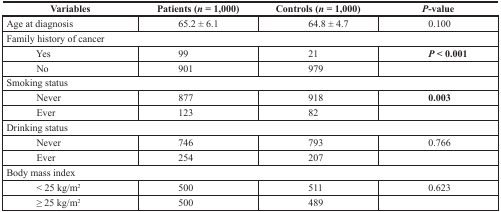
| Variables | Patients (n = 1,000) | Controls (n = 1,000) | P-value |
 | --- | --- | --- | --- |
 | Age at diagnosis | 65.2 ± 6.1 | 64.8 ± 4.7 | 0.100 |
 | <COLSPAN=4> Family history of cancer |
 | Yes | 99 | 21 | P < 0.001 |
 | No | 901 | 979 |  |
 | <COLSPAN=4> Smoking status |
 | Never | 877 | 918 | 0.003 |
 | Ever | 123 | 82 |  |
 | <COLSPAN=4> Drinking status |
 | Never | 746 | 793 | 0.766 |
 | Ever | 254 | 207 |  |
 | <COLSPAN=4> Body mass index |
 | < 25 kg/m2 | 500 | 511 | 0.623 |
 | ≥ 25 kg/m2 | 500 | 489 |  |